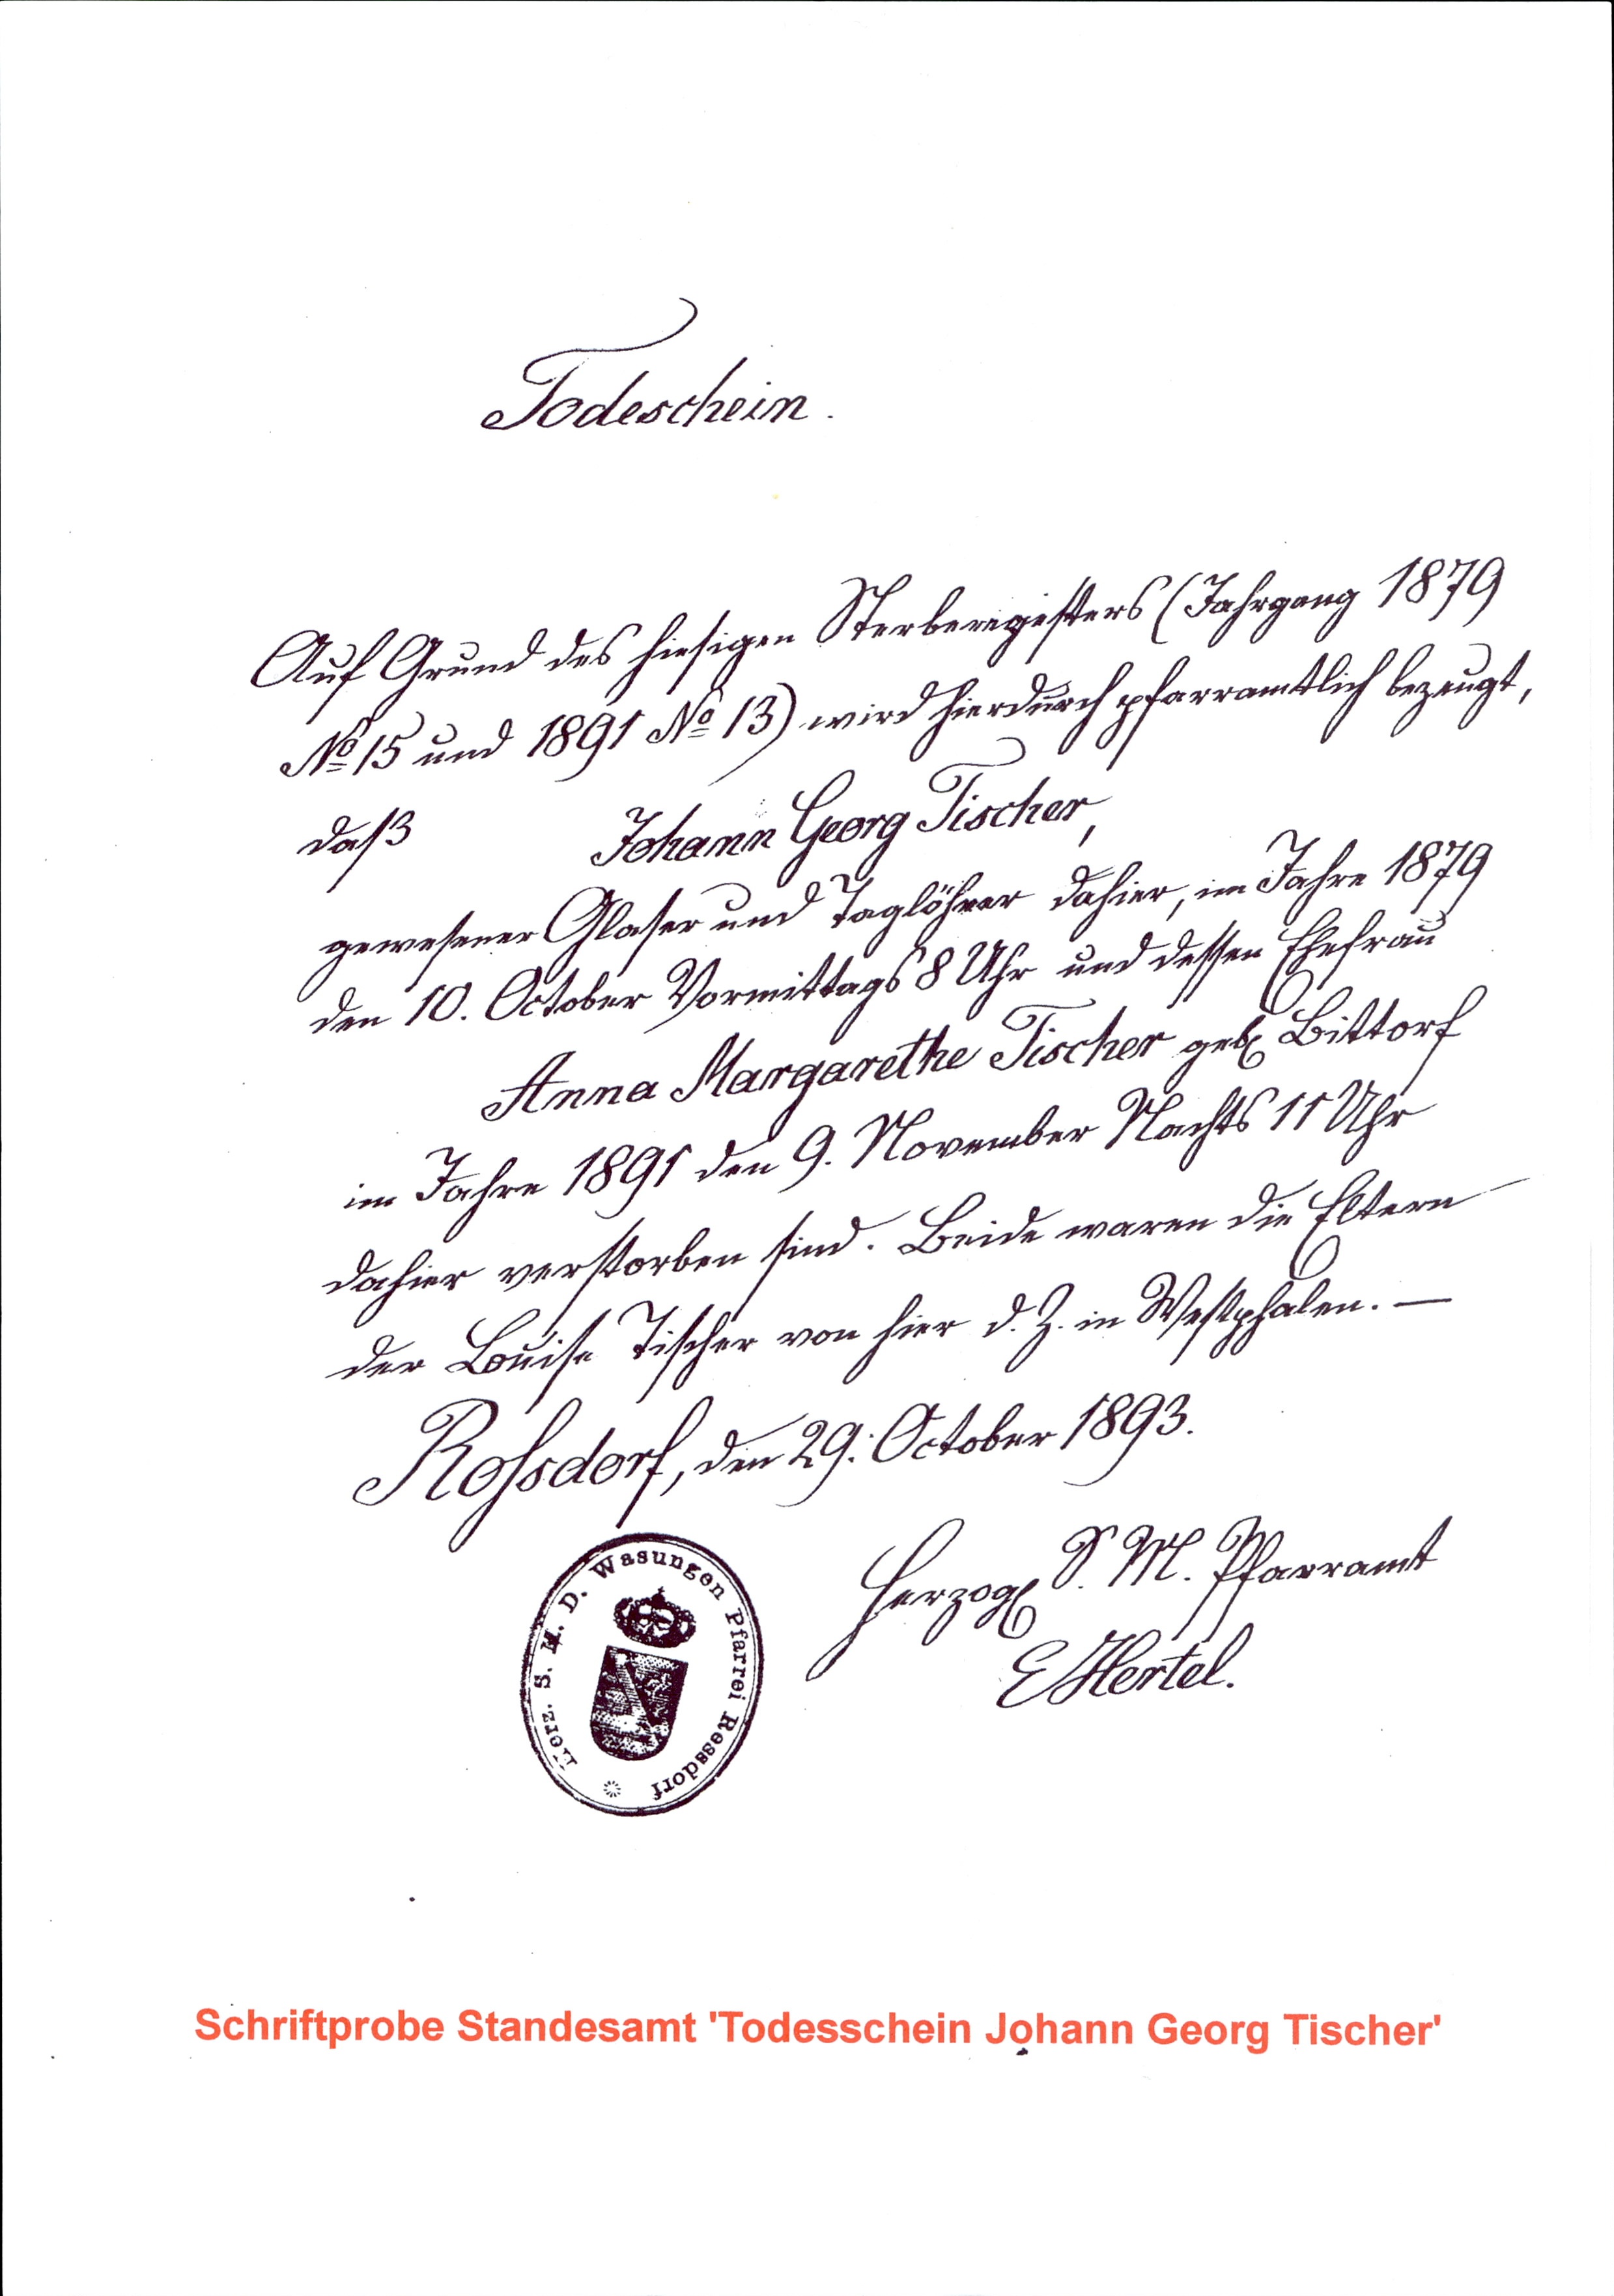
Todesschein.
Auf Grund des hiesigen Sterberegisters (Jahrgang 1879)
No 15 und 1891 No 13 wird hierdurch pfarramtlich bezeugt,
daß Johann Georg Tischer,
gewesender Glaser und Taglöhner dahier, im Jahre 1879
den 10. October Vormittags 8 Uhr und dessen Ehefrau
Anna Margarethe Tischer geb. Bittorf
im Jahre 1891 den 9. November Nachts 11 Uhr
dahier verstorben sind. Beide waren die Eltern
der Louise Tischer von hier d. Z. in Westphalen. -
Rohsdorf, den 29. October 1893.
Herzogl S. M. Pfarramt
EHertel.